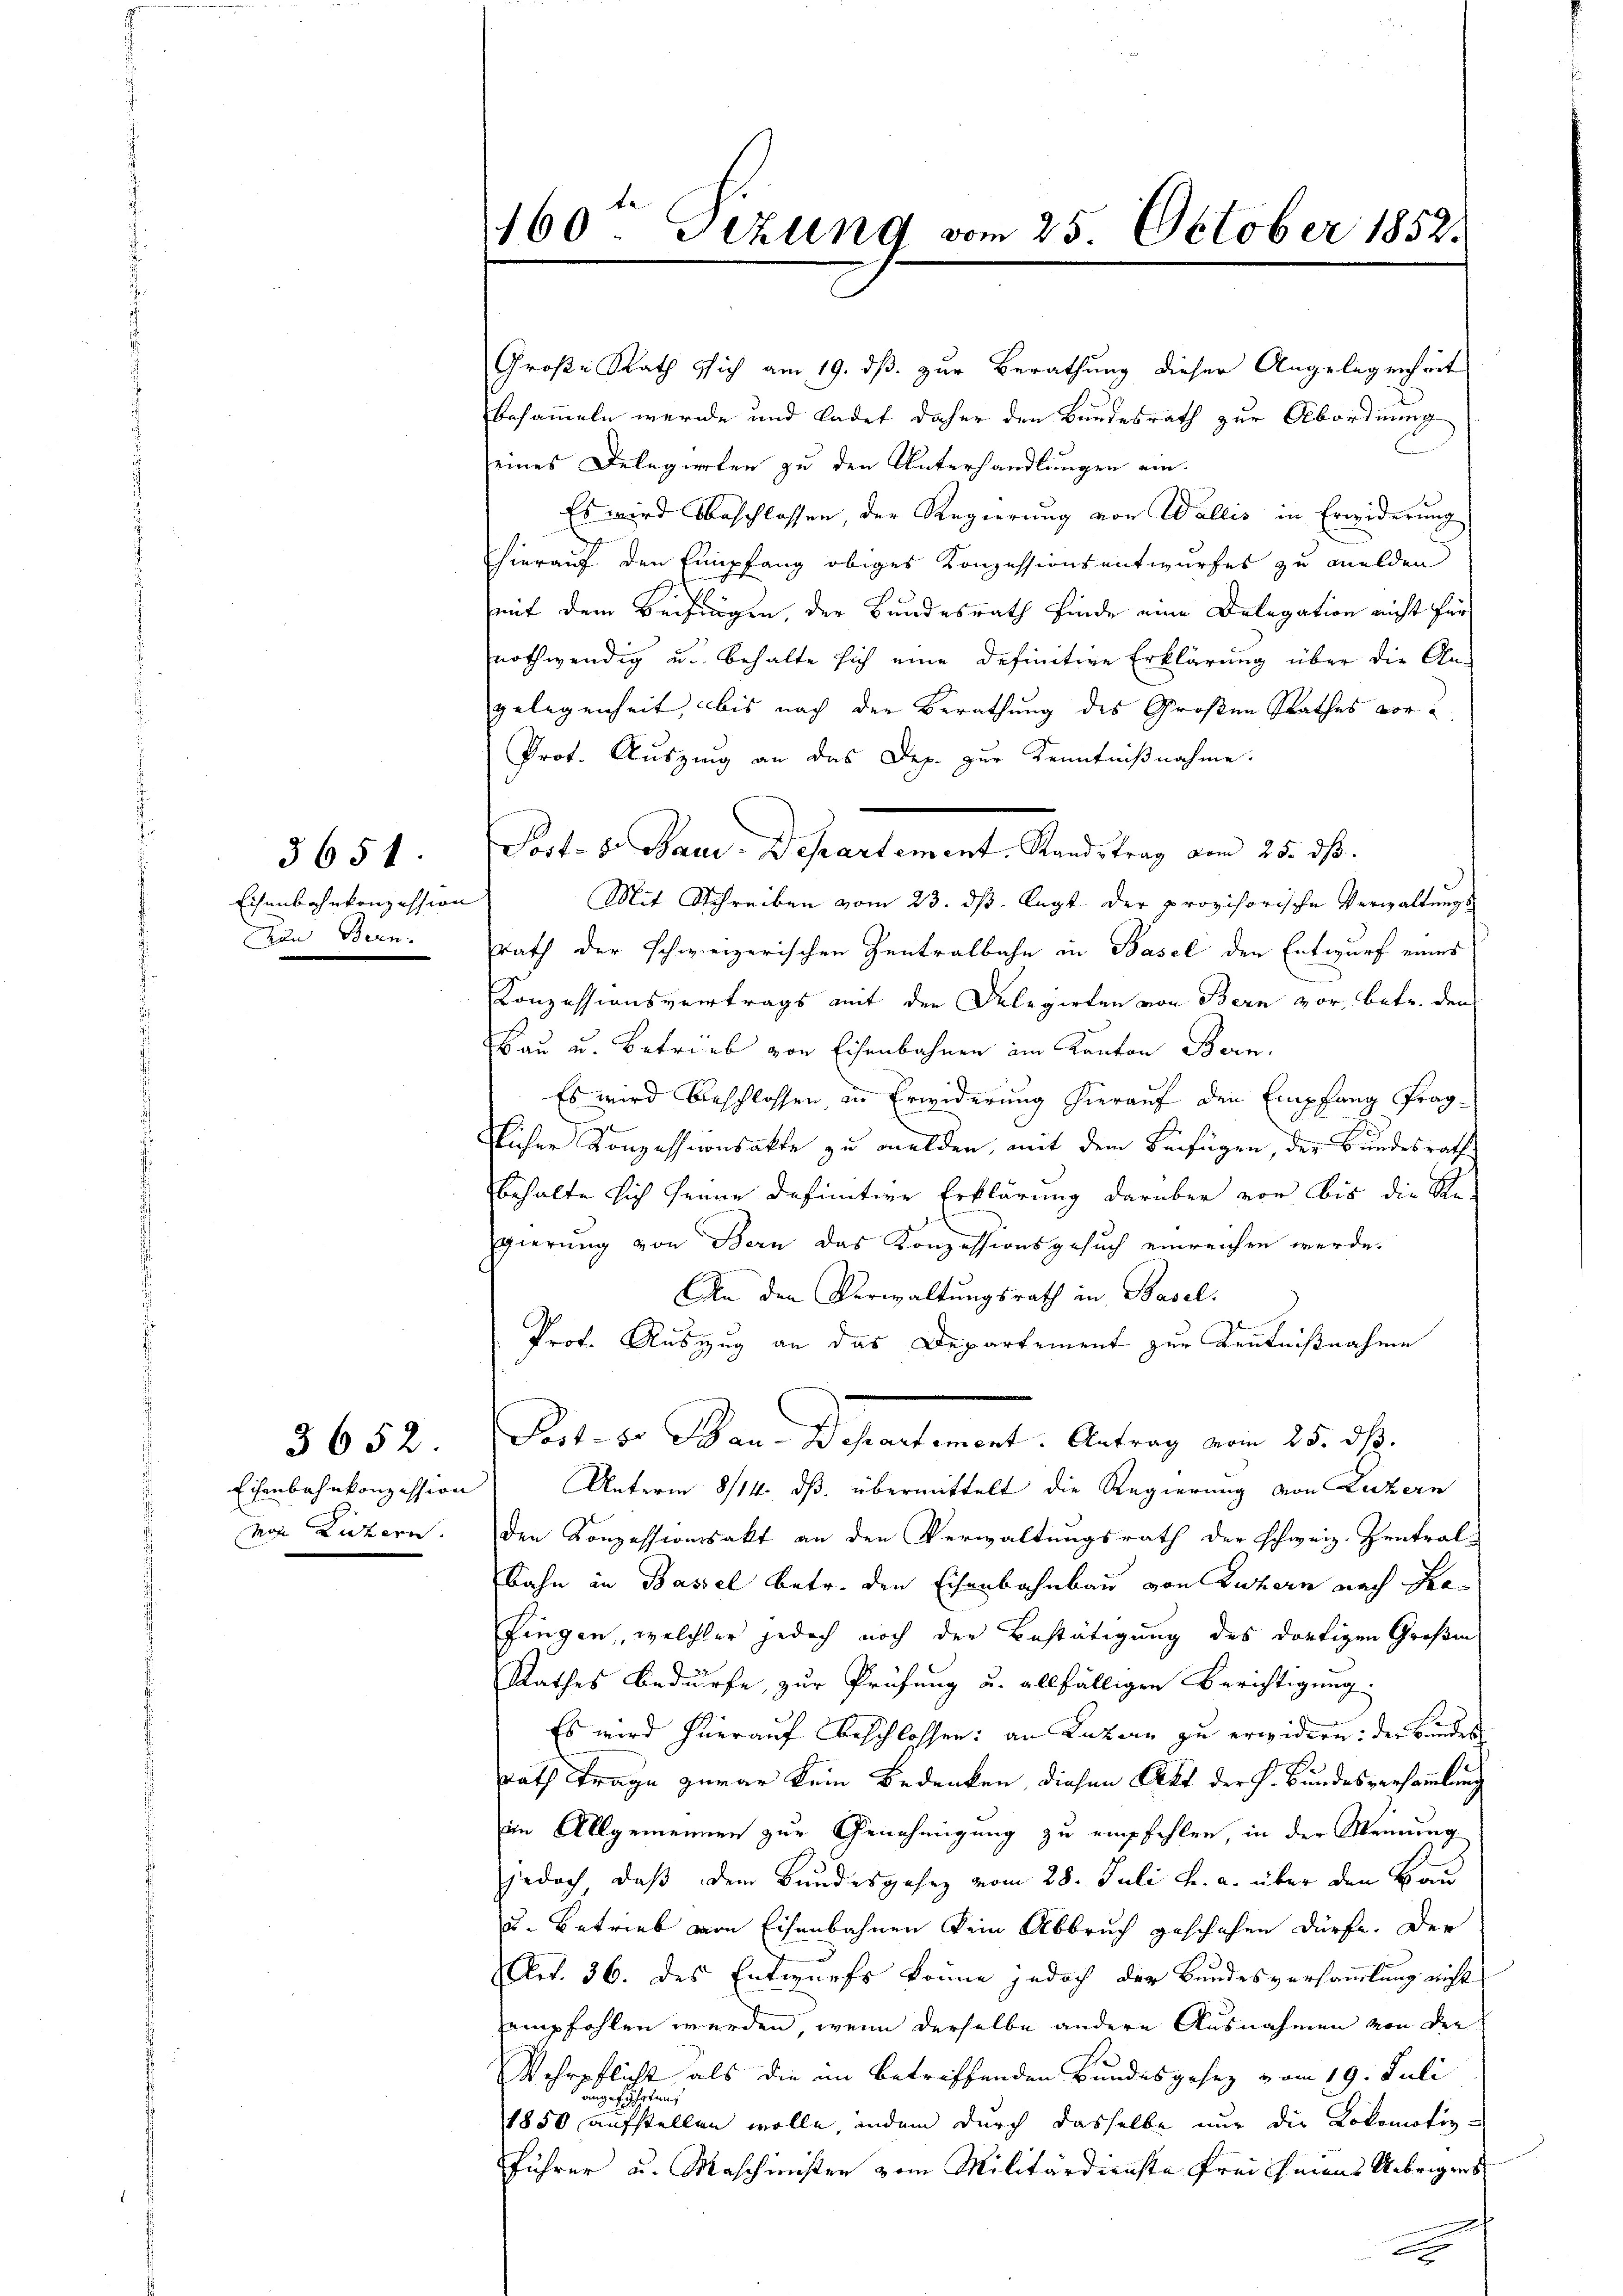
5654
Eisenbahnkonzession
Den Bern.

3652
Eisenbahnkonzession
von Lichern.

160 Gezung vom 25. October 1852.

Post- 8. Maur. Departement. Standstrag vom 25. ds.

Große Rath sich am 19. dß. zur Berathung dieser Angelegenheit
besammeln werde und ladet daher den Bundesrath zur Abordnung
seines Delegierten zu den Unterhandlungen am.
Es wird beschlossen, der Regierung von Wallis in Erwiderung
hierauf den Empfang obiges Konzessionsentwurfes zu melden
mit dem Beifügen, der Bundesrath finde eine Delegation nicht für
nothwendig u. behalte sich eine definitive Erklärung über die Angelegenheit, bis nach der Berathung des Großen Rathes vor
Prot. Auszung an das Dep. zur Kenntnißnahme:
Mit Schreiben vom 23. ds. legt der provisorische Verwaltungs
Rath der schweizerischen Zentralbahn in Basel den Entwurf eines
Konzessionsvertrags mit den Delegirten von Bern vor, betr. den
Bau u. betrieb von Eisenbahnen im Kanton Bern.
Es wird beschlossen in Erwiderung hierauf den Empfang fraglicher Konzessionsakte zu melden, mit dem Beifügen der Bundesrath
behalte sich seine definitive Erklärung darüber vor bis die Re¬
Egierung von Bern das Konzessionsgesuch einreichen werde.
An den Verwaltungsrath in Basel.
Prof. Auszug an das Departement zur Kenntnißnahme
Pact. d. Bar. Departement. Antrag von 25. d.
Unterm 8/14. ds. übermittelt die Regierung von Luzern
den Konzessionssakt an den Verwaltungsrath der schweiz. Zentral-
Bahn in Bassel betr. den Eisenbahnbau von Luzern nach Pro¬
Fingen, welcher jedoch noch der Bestätigung des dortigen Großen
Rathes Bedürfe, zur Prüfung u. allfälligen Berichtigung
Es wird hierauf beschlossen: an Kakau zu erwidern: der Bundes
Rath trage zuwar kein Bedenken, diesen Akt der P. Bundesversammlung
im Allgemeinen zur Genehmigung zu empfehlen, in der Meinung
jedoch, daß dem Bundesgesez vom 28. Juli u. a. über den Bau
u. Betrieb von Eisenbahnen kein Abbruch geschehen dürfe. Der
Art. 36. des Entwurfs könne jedoch der Bundesversammlung nicht
empfohlen werden, wenn derselbe andere Ausnahmen von der
Wehrpflicht als die im betreffenden Bundesgesez vom 19. Juli
ingeführten,
1850 aufstellen wolle, indem durch dasselbe nur die Lokomotiz-
Führer u. Maschinisten vom Militärdienste frei Geraus Uebrigens

.